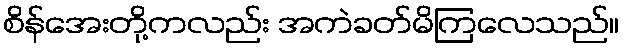
စိန်အေးတို့ကလည်း အကဲခတ်မိကြလေသည်။